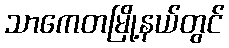
သာကေတမြို့နယ်တွင်